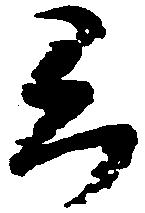
片